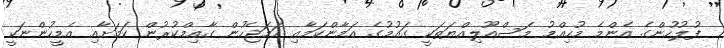
ފުލުހުންގެ އެންމެ މުހިއްމު މަސްއޫލިއްޔަތަކީ ގައުމުގެ އަމާންކަމާއި ހަމަޖެހުން ގާއިމްކުރުން ކަމަށާއި އެމީހުންނަކީ